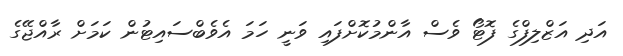
އަދި އަޒްލިފްގެ ފޮޓޯ ވެސް އާންމުކޮށްފައި ވަނީ ހަމަ އެވެބްސައިޓުން ކަމަށް ރާއްޖޭގެ